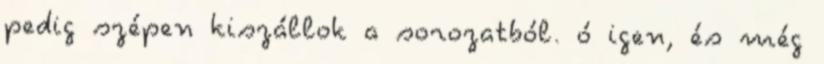
pedig szépen kiszállok a sorozatból. ó igen, és még